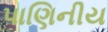
પાણિનીય